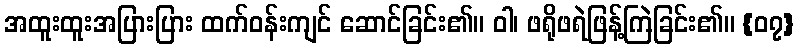
အထူးထူးအပြားပြား ထက်ဝန်းကျင် ဆောင်ခြင်း၏။ ဝါ၊ ဖရိုဖရဲဖြန့်ကြဲခြင်း၏။ {၀၇}